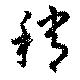
稍